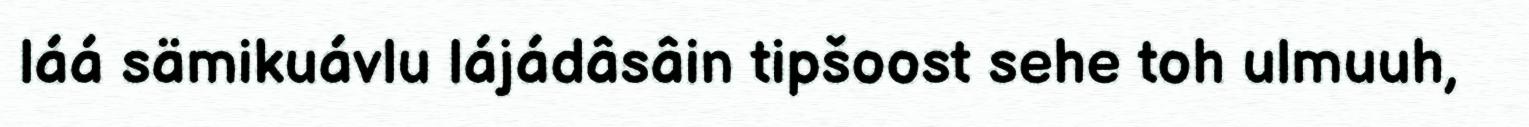
láá sämikuávlu lájádâsâin tipšoost sehe toh ulmuuh,